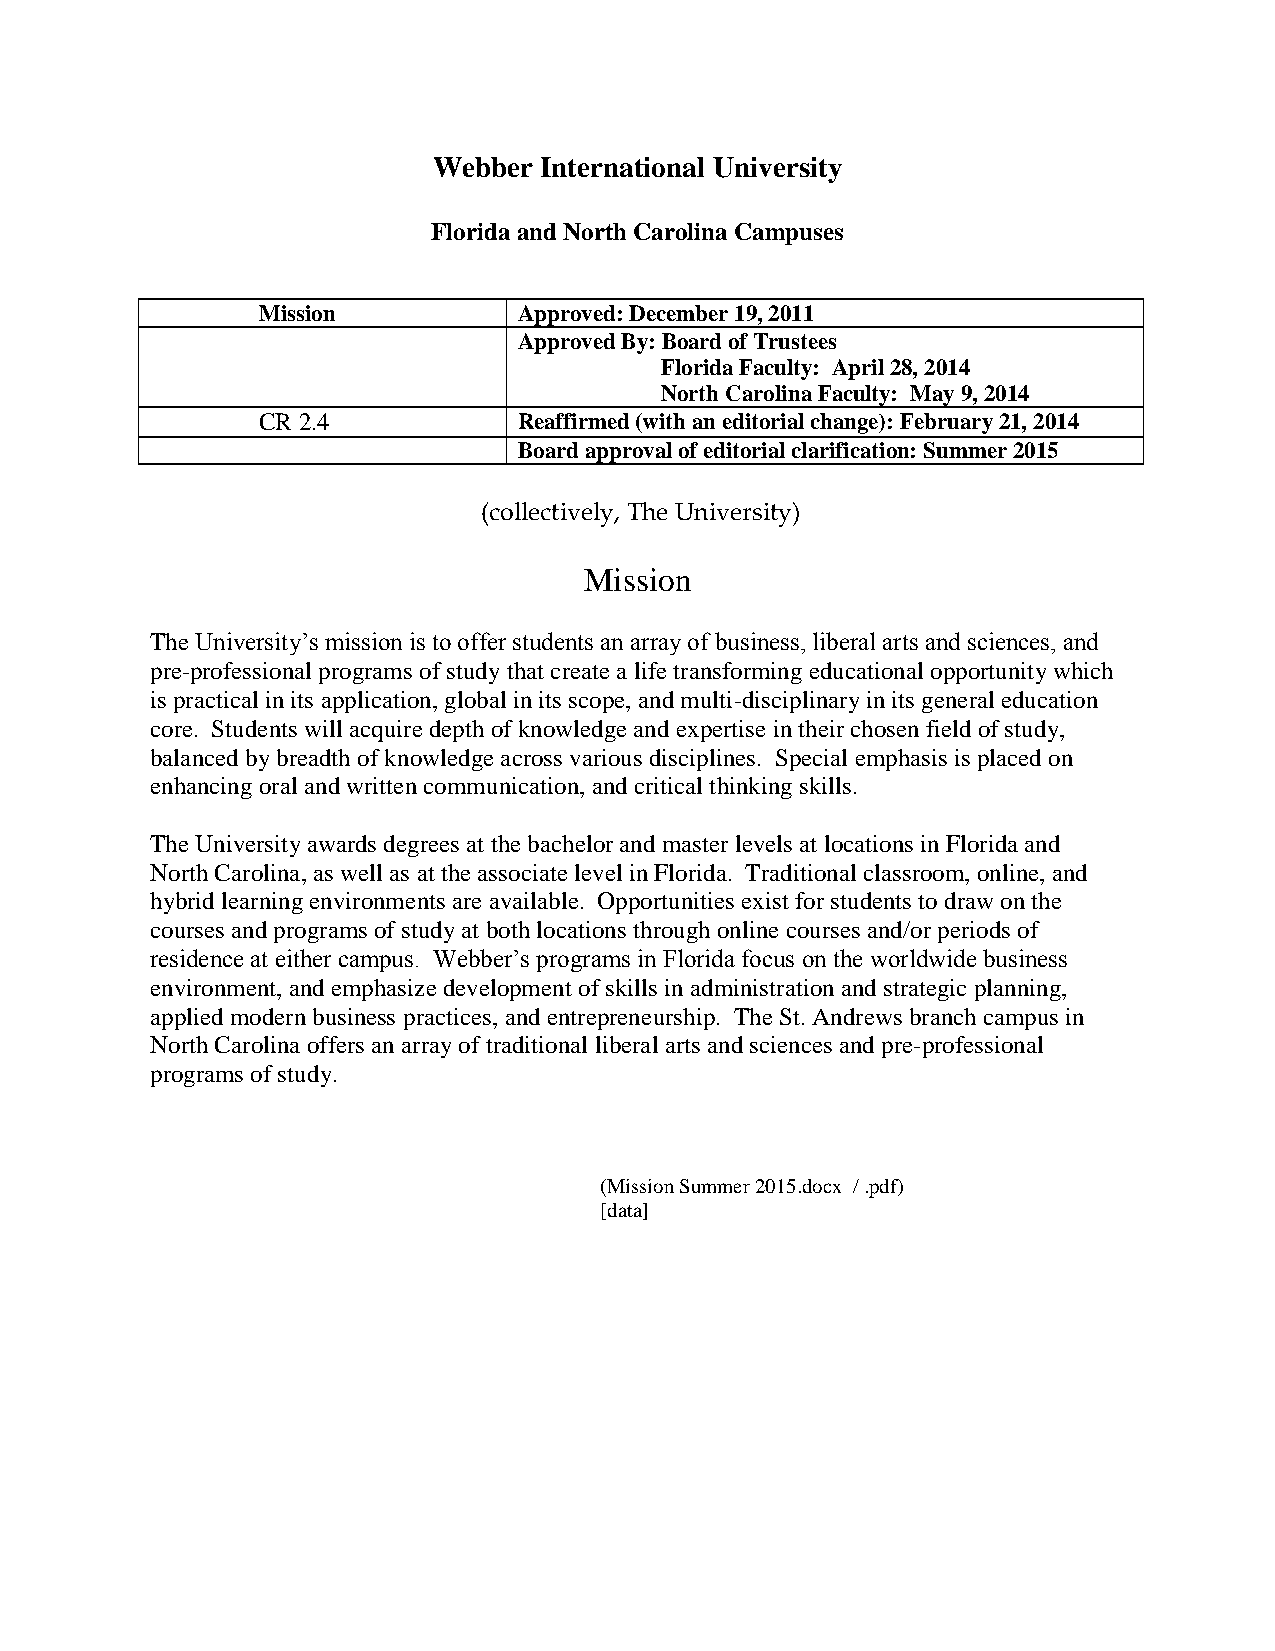
Webber International University
 Florida and North Carolina Campuses
 Mission          Approved: December 19, 2011
 Approved By: Board of Trustees
 Florida Faculty: April 28, 2014
 North Carolina Faculty: May 9, 2014
 CR 2.4           Reaffirmed (with an editorial change): February 21, 2014
 Board approval of editorial clarification: Summer 2015
 (collectively, The University)
 Mission
 The University’s mission is to offer students an array of business, liberal arts and sciences, and
 pre-professional programs of study that create a life transforming educational opportunity which
 is practical in its application, global in its scope, and multi-disciplinary in its general education
 core. Students will acquire depth of knowledge and expertise in their chosen field of study,
 balanced by breadth of knowledge across various disciplines. Special emphasis is placed on
 enhancing oral and written communication, and critical thinking skills.
 The University awards degrees at the bachelor and master levels at locations in Florida and
 North Carolina, as well as at the associate level in Florida. Traditional classroom, online, and
 hybrid learning environments are available. Opportunities exist for students to draw on the
 courses and programs of study at both locations through online courses and/or periods of
 residence at either campus. Webber’s programs in Florida focus on the worldwide business
 environment, and emphasize development of skills in administration and strategic planning,
 applied modern business practices, and entrepreneurship. The St. Andrews branch campus in
 North Carolina offers an array of traditional liberal arts and sciences and pre-professional
 programs of study.
 (Mission Summer 2015.docx / .pdf)
 [data]